Civil Veterinary Department Bihar & Orissa reports 1922-29 - 1922-1929
Year: 1922
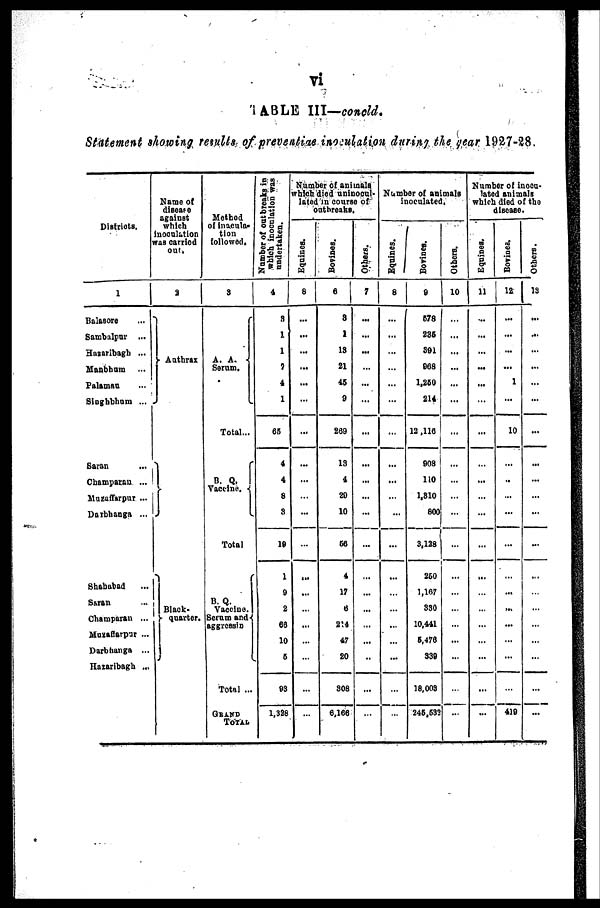
vi
TABLE III—concld.
Statement showing remits of preventive inoculation during the gear 1927-28.
Districts.
1
Balasore
Sambalpur ...
Haiaribagh ...
Manbhum
Palamau
Singhbhum ...
Saran ...
Champaran ...
Muzaffarpur ...
Darbhanga ...
Shahabad
Saran
Champaran ...
Muzaffarpur ...
Darbhanga ...
Hazaribagh ...
Name of
disease
against
which
Inoculation
was carried
out.
2
Anthrax
Black-
quarter.
Method
of inacula-
tion
followed.
3
A. A.
Serum.
Total...
B.
Q.
Vaccine.
Total
B. Q.
Vaccine.
Serum and-
aggressin
Total ...
GRAND
TOTAL
Number of outbreaks in
which inoculation was
undertaken.
4
8
1
1
7
4
1
65
4
4
8
3
19
1
9
2
66
10
6
93
1,328
Number of animals
which died uninocul-
lated in course of
outbreaks.
Equines.
8
...
...
...
...
...
...
...
...
...
...
...
...
...
...
...
...
...
...
Bovines.
6
8
1
13
21
46
9
269
13
4
29
10
66
4
17
6
214
47
20
308
6,166
Others.
7
...
...
...
...
...
...
...
...
...
...
...
...
...
...
...
...
...
...
...
...
Number of animals
inoculated.
Equines.
8
...
...
...
...
...
...
...
...
...
...
...
...
...
...
...
Bovines.
9
678
235
391
968
1,250
214
12,116
908
110
1,810
800
3,128
260
1,167
330
10,441
6,476
339
18,003
244,532
Others.
10
...
...
...
...
...
...
...
...
...
...
...
...
...
...
...
...
...
...
...
...
Number of inocu-
lated animals
which died of the
disease.
Equines.
11
...
...
...
...
...
...
...
...
...
...
...
...
...
...
...
...
...
...
...
...
Bovines.
12.
...
...
...
...
1
...
10
...
...
...
...
...
...
,..
...
...
...
...
419
Others.
13
...
...
...
...
...
...
...
...
...
...
...
...
...
...
...
...
...
...
...
...